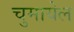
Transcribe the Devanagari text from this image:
चुमायेल